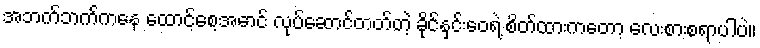
အဘက်ဘက်ကနေ ထောင့်စေ့အောင် လုပ်ဆောင်တတ်တဲ့ ခိုင်နှင်းဝေရဲ့ စိတ်ထားကတော့ လေးစားစရာပါပဲ။